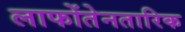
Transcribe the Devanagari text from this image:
लाफोंतेनतारिक